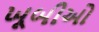
ખૂબીઓ